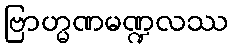
ဗြာဟ္မဏမဏ္ဍလဿ